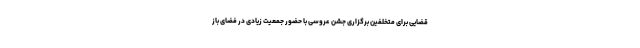
قضایی برای متخلفین برگزاری جشن عروسی با حضور جمعیت زیادی در فضای باز